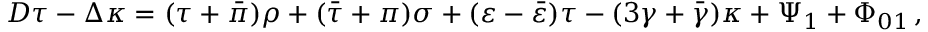
D \tau - \Delta \kappa = ( \tau + { \bar { \pi } } ) \rho + ( { \bar { \tau } } + \pi ) \sigma + ( \varepsilon - { \bar { \varepsilon } } ) \tau - ( 3 \gamma + { \bar { \gamma } } ) \kappa + \Psi _ { 1 } + \Phi _ { 0 1 } \, ,